Document type: Sale
Year: 1354
Scribe: Bernat de Torre
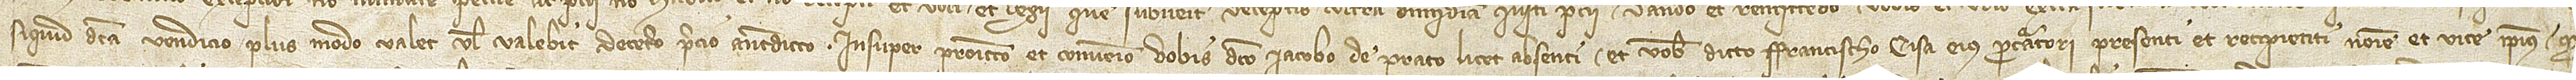
siquid dita vendicio plus modo valet vel valebit decetero precio antedicto. Insuper promitto et convenio vobis dicto Iacobo de Prato, licet absenti, et vobis dicto Francischo Cisa, eius procuratori, presenti et recipienti nomine et vice ipsius, quod